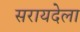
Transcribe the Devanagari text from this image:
सरायदेला